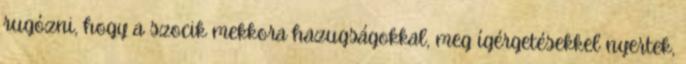
rugózni, hogy a szocik mekkora hazugságokkal, meg ígérgetésekkel nyertek,